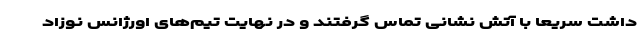
داشت سریعا با آتش نشانی تماس گرفتند و در نهایت تیم‌های اورژانس نوزاد